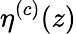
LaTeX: \eta^{(c)}(z)